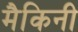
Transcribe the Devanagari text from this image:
मैकिनी